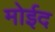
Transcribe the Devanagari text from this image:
मोईद